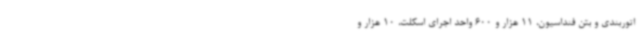
اتوربندی و بتن فنداسیون، 11 هزار و 600 واحد اجرای اسکلت، 10 هزار و